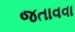
જતાવવા